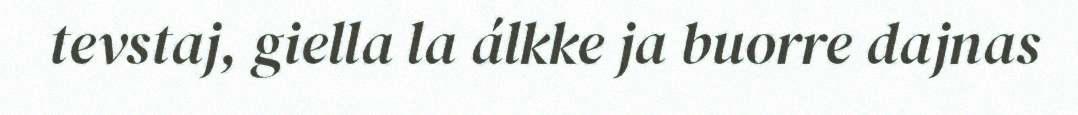
tevstaj, giella la álkke ja buorre dajnas